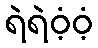
ရဲရဲဝံ့ဝံ့